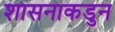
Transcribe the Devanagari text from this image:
शासनाकडुन